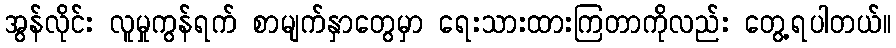
အွန်လိုင်း လူမှုကွန်ရက် စာမျက်နှာတွေမှာ ရေးသားထားကြတာကိုလည်း တွေ့ရပါတယ်။